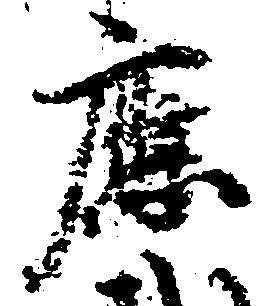
応